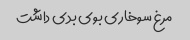
مرغ سوخارى بوى بدى داشت